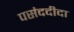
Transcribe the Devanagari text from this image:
पसंददीदा